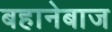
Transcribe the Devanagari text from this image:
बहानेबाज